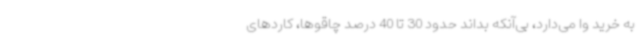
به خرید وا می‌دارد، بی‌آنکه بداند حدود 30 تا 40 درصد چاقوها، کاردهای